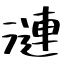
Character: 漣